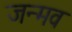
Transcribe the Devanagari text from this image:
जन्मव